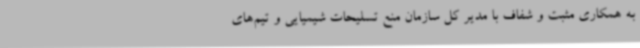
به همکاری مثبت و شفاف با مدیر کل سازمان منع تسلیحات شیمیایی و تیم‌های